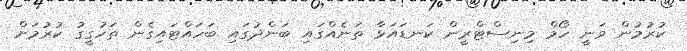
ކުރުމުން ވަނީ ހޯމް މިނިސްޓްރީން ކަނޑައަޅާ ތަނެއްގައި ބަންދުގައި ބަހައްޓައިގެން ތަހުގީގު ކުރުމަށް